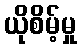
ယိုစိမ့်မှု